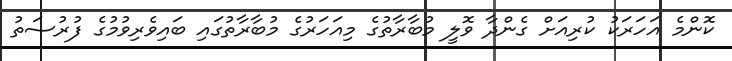
ކޮންމެ އަހަރަކު ކުރިއަށް ގެންދާ ވޮލީ މުބާރާތުގެ މިއަހަރުގެ މުބާރާތުގައި ބައިވެރިވުމުގެ ފުރުސަތު